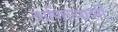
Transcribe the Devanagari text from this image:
वाणिज्याशी